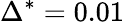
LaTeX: \Delta^{*}=0.01